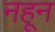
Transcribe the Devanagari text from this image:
नहून